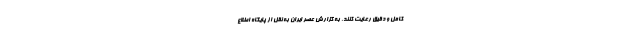
کامل و دقیق رعایت کنند. به گزارش عصر ایران به نقل از پایگاه اطلاع